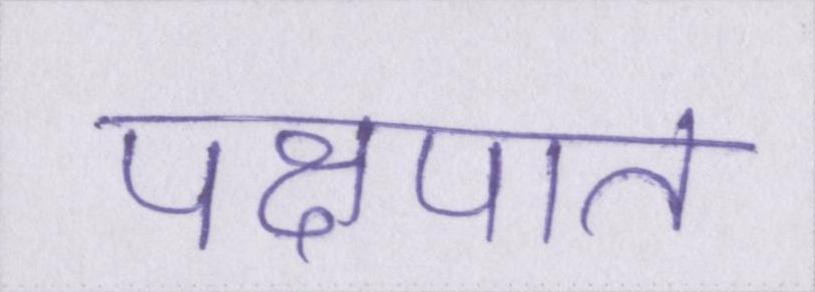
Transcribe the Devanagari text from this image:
पक्षपात